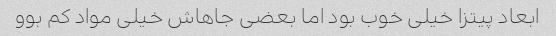
ابعاد پیتزا خیلی خوب بود اما بعضی جاهاش خیلی مواد کم بوو